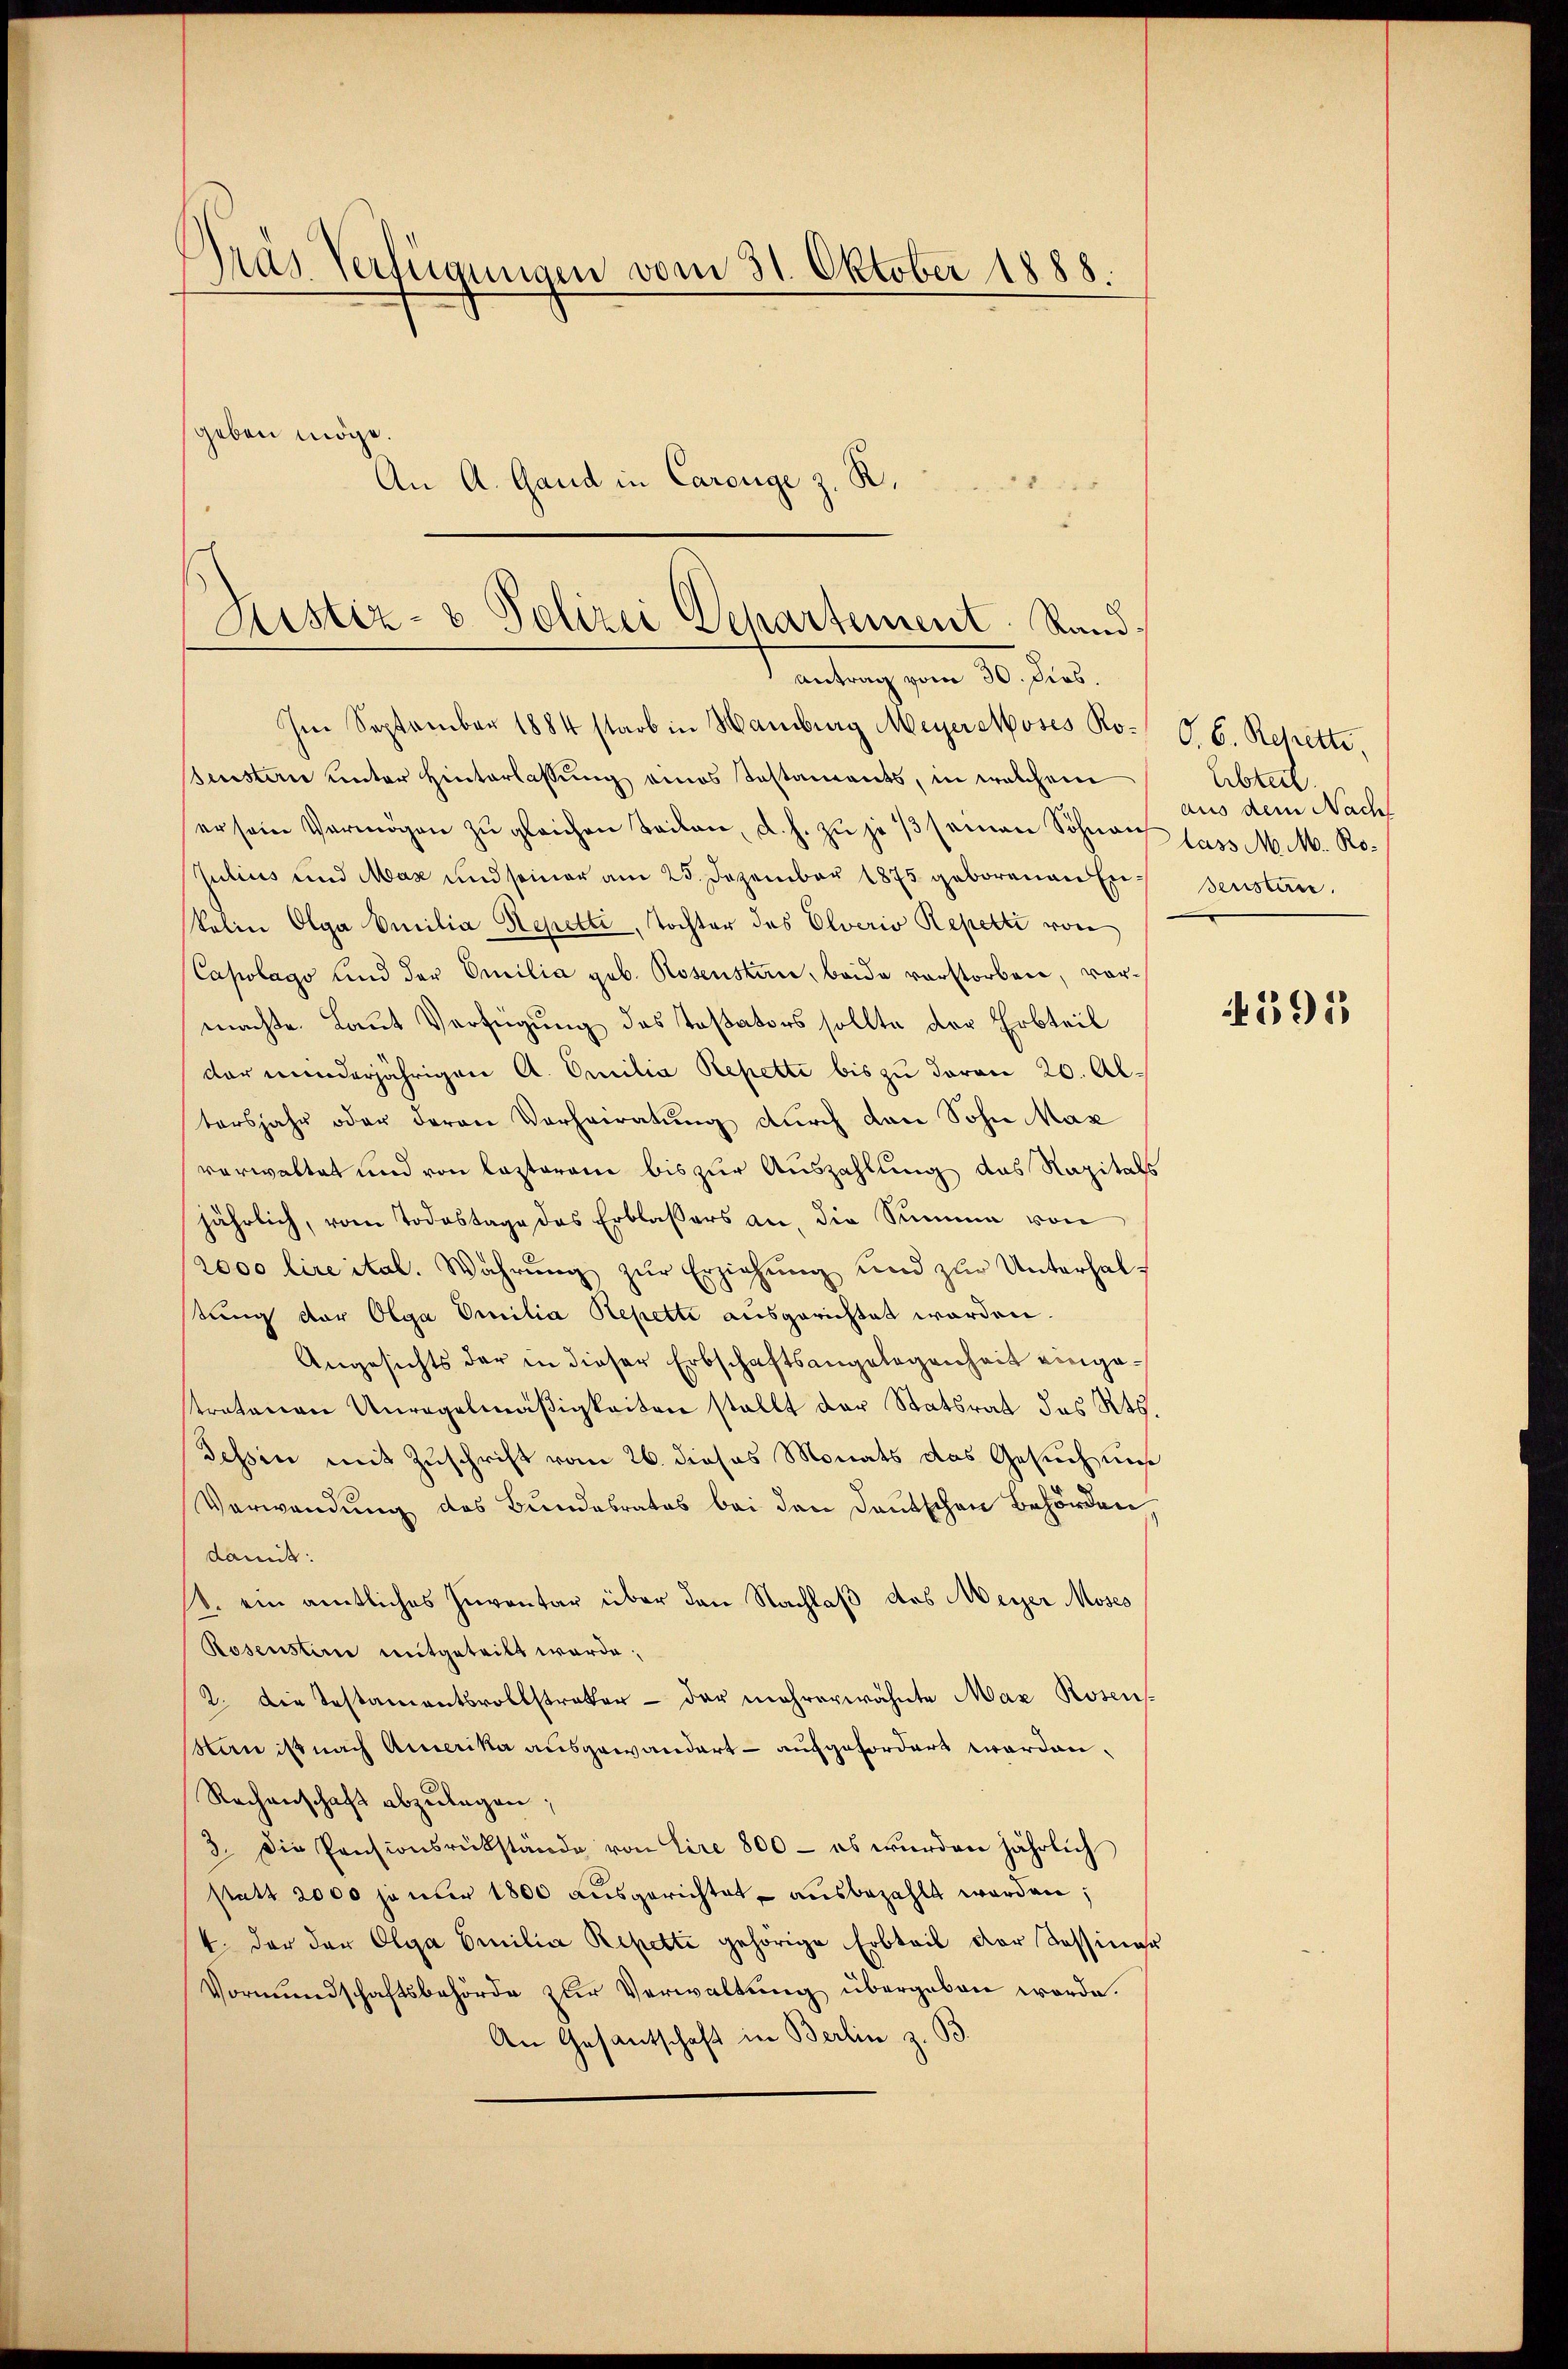
Gras Verfügungen vom 31. Oktober 1888.
geben möge
An A. Gand in Carouge z. R.

Justiz- & Polizei Departement Stand,
Antrag vom 30. dies.

Im September 1884 starb in Hamburg Meyer Moses Ro- O. B. Rchetti,
sensten unter Hinterlassŭng eines Testaments, in welchem
er sein Vermögen zŭ gleichen Teilen, d. h. zŭ je 13 seinen Söhnen lass Mit. Ro¬
Julius und Max und seiner am 25. Dezember 1875 geborenen En¬
Solin Olga Emilia Repetti, Tochter des Elverio Repetti von
Capolago und der Emilia geb. Rosenstan, beide verstorben, vormachte. Laut Verfügung des Toßators sollte der Erbteil
dar minderjährigen A. Omilia Repetti bis zu davon 20. Altersjahr oder deren Verheiratung durch den Sohn Max
verwaltet und von lezterem bis zur Auszahlung das Kapitals
jährlich, vom Todestage des Erblassers an, die Summe von
2000 lire ital. Währung zur Erziehung und zur Unterhaltung der Olga Omilia Repetti ausgerichtet worden.
Angesichts der in dieser Erbschaftsangelegenheit eingestratanen Unregelmäßigkeiten stellt der Statsrat des Kts.
Tessin mit Zuschrift vom 26. dieses Monats das Gesuch uns
Verwendung des Bundesrates bei den Deutschen Behörden
damit:
d. ein amtliches Inventar über den Nachlaß des Meyer Moses
Rosensten mitgeteilt werde;
2. Die Testamentsvollstrakter - der mehrerwähnte Max Rosens
Man ist nach Amerika ausgewandert - aufgefordert worden.
Rachenschaft abzulagen;
3. Die Pensionsrükstände von Lire 800 - es wurden jährlich
statt 2000 je nur 1800 ausgerichtet, ausbezahlt worden;
4. der der Olga Emilia Repetti gehörige Erbteil der Tessiner
Vormundschaftsbehörde zur Verwaltung übergeben werde.
An Gesantschaft in Berlin z. B.

Abteil.
aus dem Nach
senstän

1592